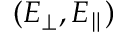
( E _ { \perp } , E _ { \parallel } )